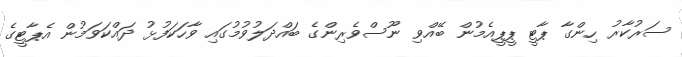
ސަރުކާރު ހިންގާ ޕާޓީ ޕީޕީއެމުން ބޭއްވި ނޫސްވެރިންގެ ބައްދަލުވުމުގައި ވާހަކަފުޅު ދައްކަވަމުން އެޕާޓީގެ